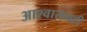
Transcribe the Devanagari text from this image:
आश्वासनही